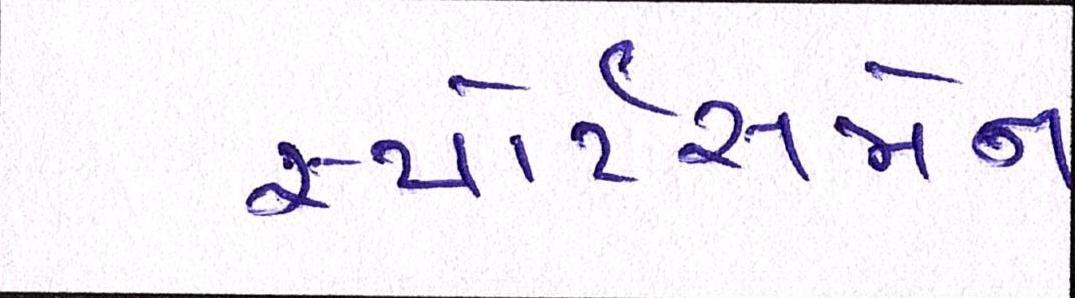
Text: સ્પોર્ટસમેન